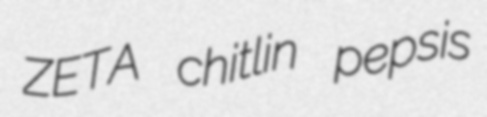
ZETA chitlin pepsis